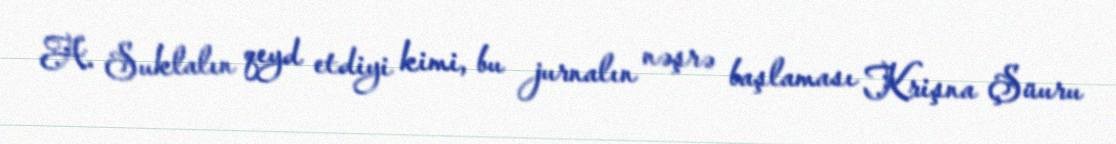
A. Suklalın qeyd etdiyi kimi, bu jurnalın nəşrə başlaması Krişna Şüuru